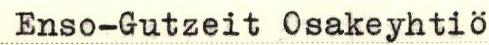
Enso-Gutzeit Osakeyhtiö